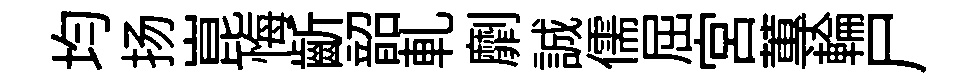
均扬崑悔齗韶軋劘誠儒屈宫蓴輪尸